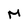
Character: M